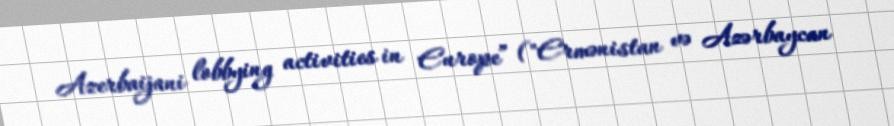
Azerbaijani lobbying activities in Europe” ("Ermənistan və Azərbaycan